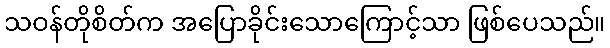
သဝန်တိုစိတ်က အပြောခိုင်းသောကြောင့်သာ ဖြစ်ပေသည်။